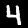
Label: 4